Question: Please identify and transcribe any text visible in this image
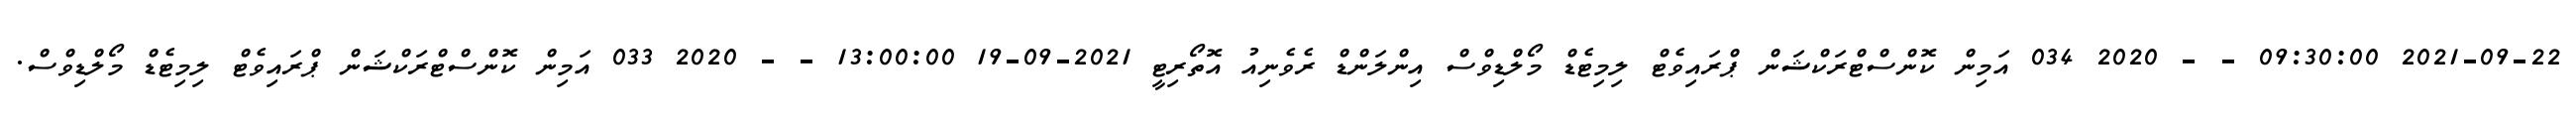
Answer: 2021-09-22 09:30:00 - - 2020 034 އަމިން ކޮންސްޓްރަކްޝަން ޕްރައިވެޓް ލިމިޓެޑް މޯލްޑިވްސް އިންލަންޑް ރެވެނިއު އޮތޯރިޓީ 2021-09-19 13:00:00 - - 2020 033 އަމިން ކޮންސްޓްރަކްޝަން ޕްރައިވެޓް ލިމިޓެޑް މޯލްޑިވްސް.